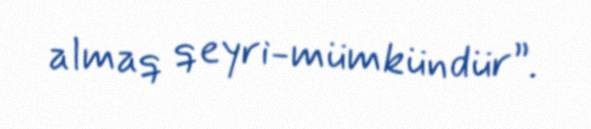
almaq qeyri-mümkündür”.